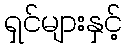
ရှင်များနှင့်